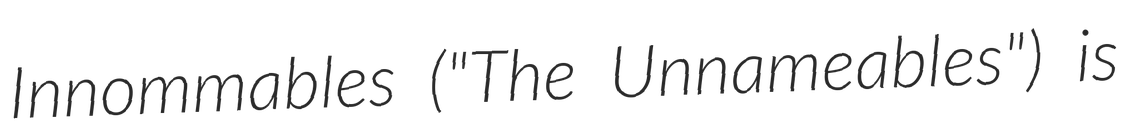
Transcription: Innommables ("The Unnameables") is